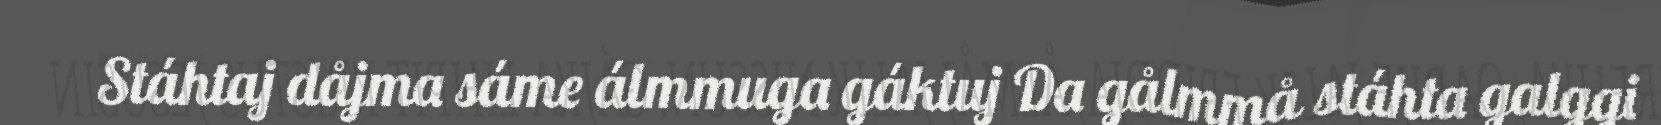
Stáhtaj dåjma sáme álmmuga gáktuj Da gålmmå stáhta galggi